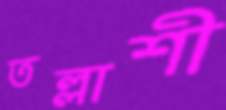
তল্লাশী